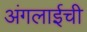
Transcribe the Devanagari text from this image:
अंगलाईची